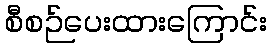
စီစဉ်ပေးထားကြောင်း